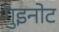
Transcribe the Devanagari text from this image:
गुइनोट